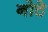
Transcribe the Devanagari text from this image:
नोठे